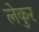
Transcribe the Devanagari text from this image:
लेकुर